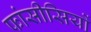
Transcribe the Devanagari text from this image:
फांसीसियों